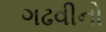
ગઢવીનો